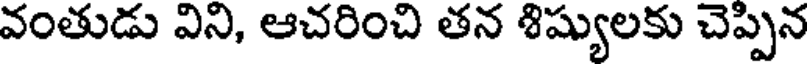
వంతుడు విని, ఆచరించి తన శిష్యులకు చెప్పిన